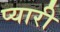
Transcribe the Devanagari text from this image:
प्‍यारी